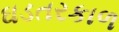
ઘડતરકાળ